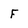
Character: F